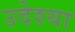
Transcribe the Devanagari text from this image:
उदेश्या